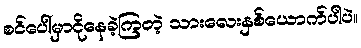
စင်ပေါ်မှာငိုနေခဲ့ကြတဲ့ သားလေးနှစ်ယောက်ပါပဲ။